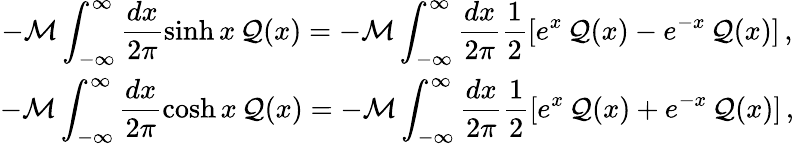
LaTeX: \begin{array}{c}{{\displaystyle-{\cal M}\displaystyle\int_{-\infty}^{\infty}\displaystyle\frac{dx}{2\pi}\sinh x\, {\cal Q}(x)=-{\cal M}\displaystyle\int_{-\infty}^{\infty}\displaystyle\frac{dx}{2\pi}\displaystyle\frac{1}{2}[e^{x}\, {\cal Q}(x)-e^{-x}\, {\cal Q}(x)]\, ,}}\\ {{-{\cal M}\displaystyle\int_{-\infty}^{\infty}\displaystyle\frac{dx}{2\pi}\cosh x\, {\cal Q}(x)=-{\cal M}\displaystyle\int_{-\infty}^{\infty}\displaystyle\frac{dx}{2\pi}\displaystyle\frac{1}{2}[e^{x}\, {\cal Q}(x)+e^{-x}\, {\cal Q}(x)]\, ,}}\end{array}